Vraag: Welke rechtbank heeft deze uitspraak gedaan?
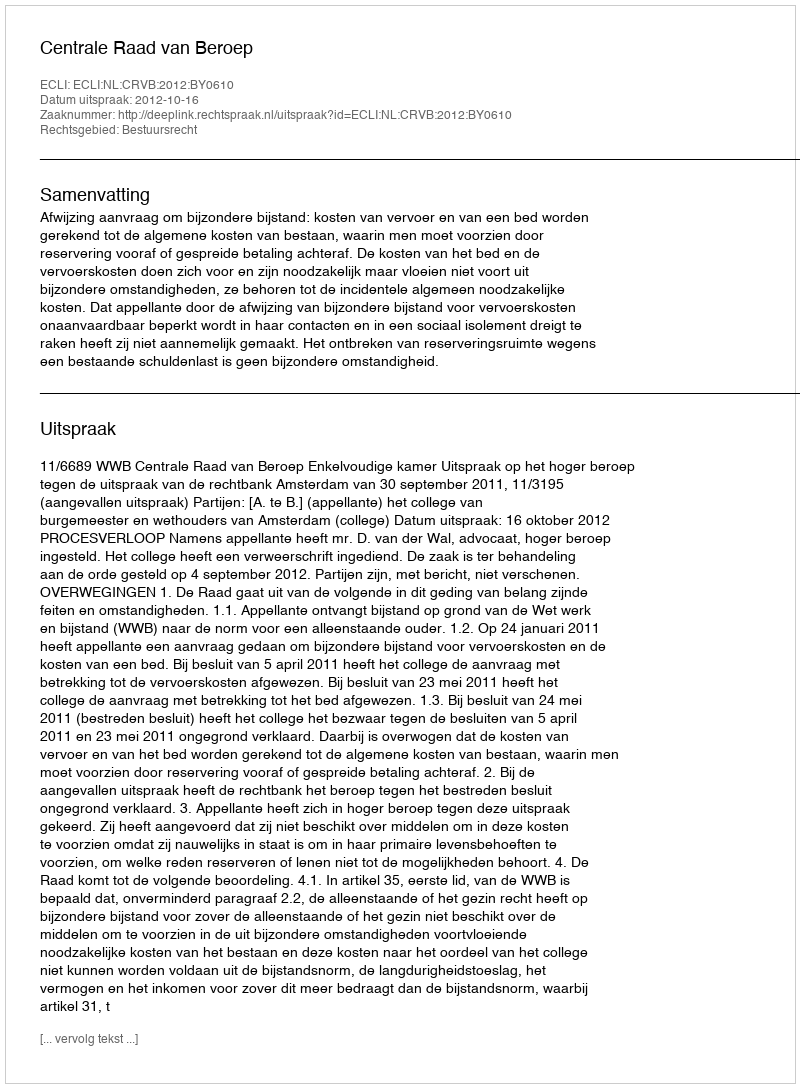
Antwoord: Centrale Raad van Beroep